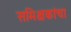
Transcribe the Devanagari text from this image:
समिक्षकांचा